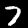
Digit: 7